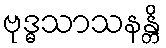
ဗုဒ္ဓသာသနန္တိ